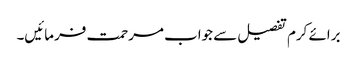
برائے کرم تفصیل سے جواب مرحمت فرمائیں۔